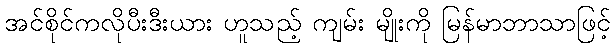
အင်စိုင်ကလိုပီးဒီးယား ဟူသည့် ကျမ်း မျိုးကို မြန်မာဘာသာဖြင့်